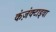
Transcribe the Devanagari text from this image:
कंज़ंक्टाइवा